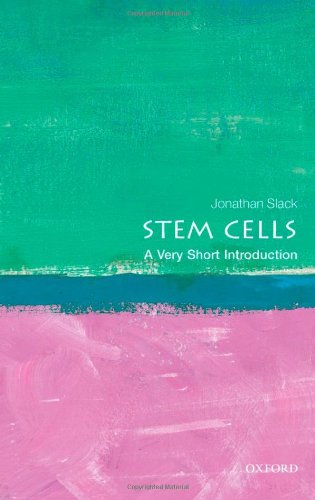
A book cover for Stem Cells: A Very Short Introduction; Jonathan Slack; Medical Books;